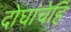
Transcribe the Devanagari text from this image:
दोघांचेहि